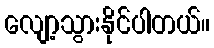
လျော့သွားနိုင်ပါတယ်။